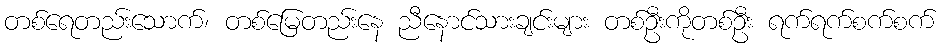
တစ်ရေတည်းသောက်၊ တစ်မြေတည်းနေ ညီနောင်သားချင်းများ တစ်ဦးကိုတစ်ဦး ရက်ရက်စက်စက်